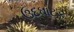
ઉદઘાટક